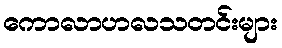
ကောလာဟလသတင်းများ